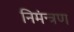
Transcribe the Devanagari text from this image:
निमंन्त्रण